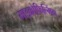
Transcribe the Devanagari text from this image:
माइक्रोफिल्मिंग